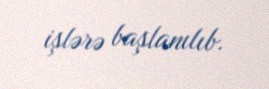
işlərə başlanılıb.